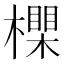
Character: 𣝇